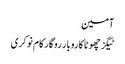
آمین
ٹیگزچھوٹا کاروبار روگار کام نوکری